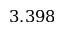
3 . 3 9 8